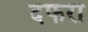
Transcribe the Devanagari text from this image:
दफरा